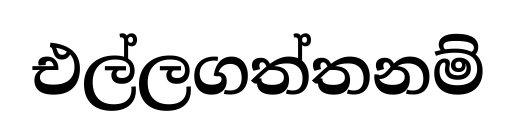
එල්ලගත්තනම්